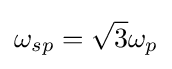
\omega _{sp}={\sqrt {3}}\omega _{p}